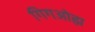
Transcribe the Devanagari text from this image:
गिगओह्म